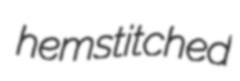
hemstitched